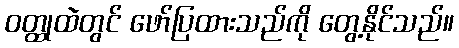
ဝတ္ထုထဲတွင် ဖော်ပြထားသည်ကို တွေ့နိုင်သည်။